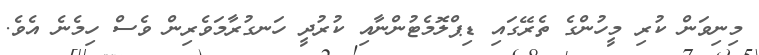
މިނިވަން ކުރި މީހުންގެ ތެރޭގައި ޑިޕްލޮމެޓުންނާއި ކުރުދީ ހަނގުރާމަވެރިން ވެސް ހިމެނެ އެވެ.